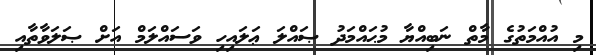
މި އުއްމަތުގެ މާތް ނަބިއްޔާ މުޙައްމަދު ޞައްލަ ޢަލައިހި ވަސައްލަމް އަށް ޞަލަވާތާއި